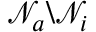
\mathcal { N } _ { a } \backslash \mathcal N _ { i }